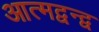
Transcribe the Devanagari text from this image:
आत्मद्वन्द्व